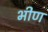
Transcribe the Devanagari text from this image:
भीण